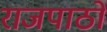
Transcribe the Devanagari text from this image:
राजपाठों